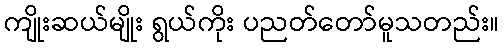
ကျိုးဆယ်မျိုး ရွယ်ကိုး ပညတ်တော်မူသတည်း။